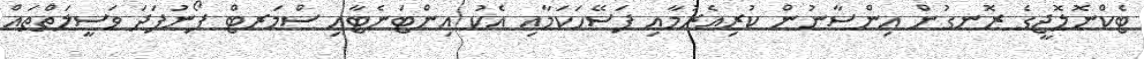
ޓެކްނޮލޮޖީގެ ރޮނގުން އިންސާނުން ކުރިއެރުމާއި ފަސޭހަކަމާއި އެކު އިންޓަނެޓާއި ސްމަރޓް ފޯނުފަދަ ވަސީލަތްތައް